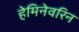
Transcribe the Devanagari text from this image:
हेमिनेवरिन